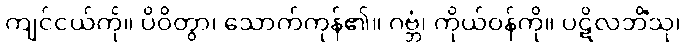
ကျင်ငယ်ကို။ ပိဝိတွာ၊ သောက်ကုန်၏။ ဂဗ္ဘံ၊ ကိုယ်ဝန်ကို။ ပဋိလဘိံသု၊